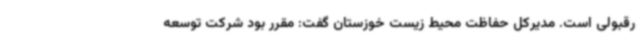
رقبولی است. مدیرکل حفاظت محیط زیست خوزستان گفت: مقرر بود شرکت توسعه